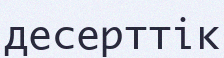
десерттік